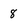
Character: 8